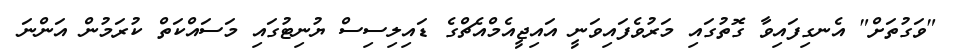
"ވަގުތަށް" އެނގިފައިވާ ގޮތުގައި މަރުވެފައިވަނީ އައިޖީއެމްއެޗްގެ ޑައިލިސިސް ޔުނިޓުގައި މަސައްކަތް ކުރަމުން އަންނަ